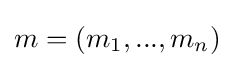
m=(m_{1},...,m_{n})